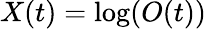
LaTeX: X(t)=\log({O(t)})